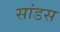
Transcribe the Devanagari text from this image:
सांडस